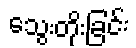
သွေးတိုးခြင်း